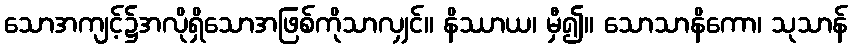
သောအကျင့်၌အလိုရှိသောအဖြစ်ကိုသာလျှင်။ နိဿာယ၊ မှီ၍။ သောသာနိကော၊ သုသာန်